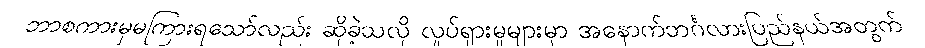
ဘာစကားမှမကြားရသော်လည်း ဆိုခဲ့သလို လှုပ်ရှားမှုများမှာ အနောက်ဘင်္ဂလားပြည်နယ်အတွက်